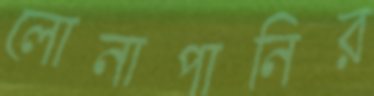
লোনাপানির